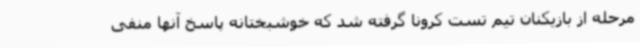
مرحله از بازیکنان تیم تست کرونا گرفته شد که خوشبختانه پاسخ آنها منفی